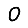
Digit: 0